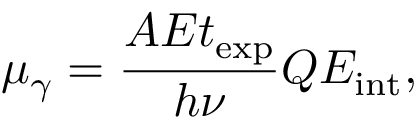
\mu _ { \gamma } = \frac { A E t _ { \mathrm { e x p } } } { h \nu } Q E _ { \mathrm { i n t } } ,